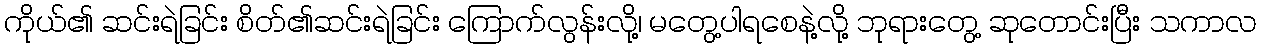
ကိုယ်၏ ဆင်းရဲခြင်း စိတ်၏ဆင်းရဲခြင်း ကြောက်လွန်းလို့၊ မတွေ့ပါရစေနဲ့လို့ ဘုရားတွေ့ ဆုတောင်းပြီး သကာလ